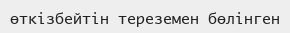
өткізбейтін тереземен бөлінген